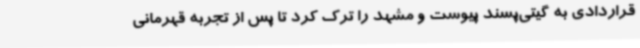
قراردادی به گیتی‌پسند پیوست و مشهد را ترک کرد تا پس از تجربه قهرمانی